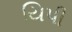
યિપી